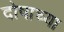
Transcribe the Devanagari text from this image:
दोषाच्या